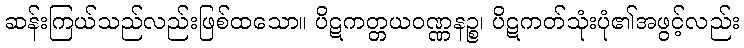
ဆန်းကြယ်သည်လည်းဖြစ်ထသော။ ပိဋကတ္တယဝဏ္ဏနဉ္စ၊ ပိဋကတ်သုံးပုံ၏အဖွင့်လည်း